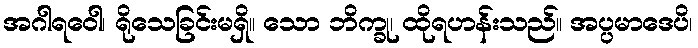
အဂါရဝေါ၊ ရိုသေခြင်းမရှိ။ သော ဘိက္ခု၊ ထိုရဟန်းသည်။ အပ္ပမာဒေပိ၊